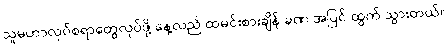
သူမဟာလုပ်စရာတွေလုပ်ဖို့ နေ့လည် ထမင်းစားချိန် ခဏ အပြင် ထွက် သွားတယ်။